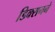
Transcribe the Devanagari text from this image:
डिक्सनने